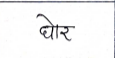
मजकूर: घोर